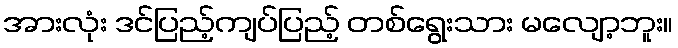
အားလုံး ဒင်ပြည့်ကျပ်ပြည့် တစ်ရွေးသား မလျော့ဘူး။